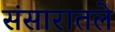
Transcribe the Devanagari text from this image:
संसारातले